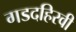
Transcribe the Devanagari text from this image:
गडदहिरवी